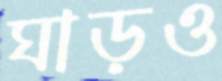
ঘাড়ও